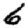
Digit: 6